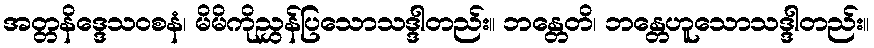
အတ္တနိဒ္ဒေသဝစနံ၊ မိမိကိုညွှန်ပြသောသဒ္ဒါတည်း။ ဘန္တေတိ၊ ဘန္တေဟူသောသဒ္ဒါတည်း။